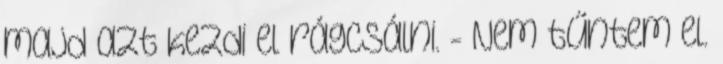
majd azt kezdi el rágcsálni. - Nem tűntem el.